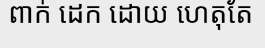
ពាក់ ដេក ដោយ ហេតុតែ